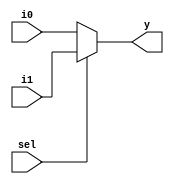
module mux2to1_5b (i0, i1, sel, y);
  input [4:0] i0, i1;
  input sel;
  output [4:0] y;
  
  assign y = (sel==1'b1) ? i1 : i0;
  
endmodule